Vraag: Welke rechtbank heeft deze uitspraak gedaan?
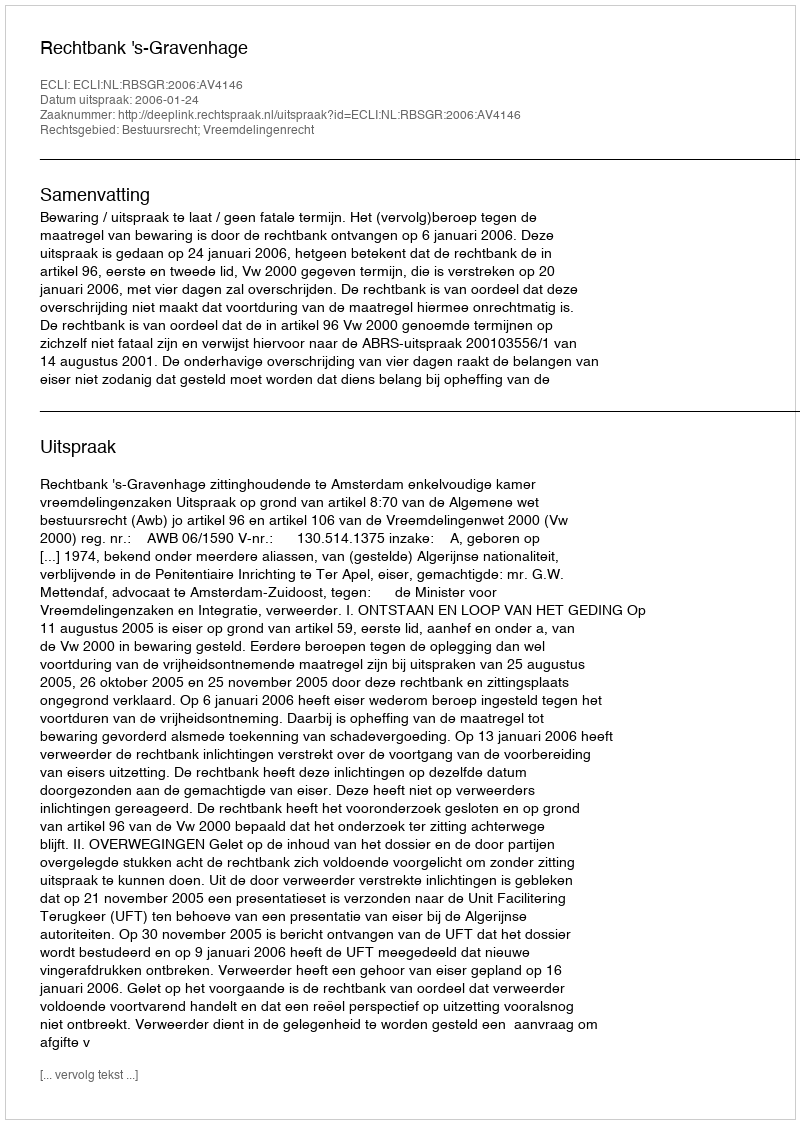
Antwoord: Rechtbank 's-Gravenhage